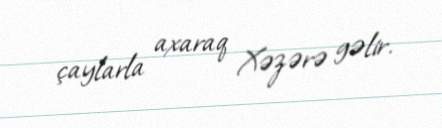
çaylarla axaraq Xəzərə gəlir.